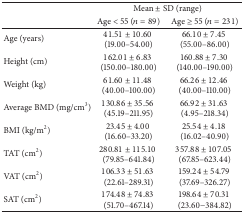
|  | <COLSPAN=2> Mean ± SD (range) |
 |  | Age < 55 (n = 89) | Age ≥ 55 (n = 231) |
 | --- | --- | --- |
 | Age (years) | 41.51 ± 10.60 (19.00–54.00) | 66.10 ± 7.45 (55.00–86.00) |
 | Height (cm) | 162.01 ± 6.83 (150.00–180.00) | 160.88 ± 7.30 (140.00–190.00) |
 | Weight (kg) | 61.60 ± 11.48 (40.00–100.00) | 66.26 ± 12.46 (40.00–110.00) |
 | Average BMD (mg/cm3) | 130.86 ± 35.56 (45.19–211.95) | 66.92 ± 31.63 (4.95–218.34) |
 | BMI (kg/m2) | 23.45 ± 4.00 (16.60–33.20) | 25.54 ± 4.18 (16.02–40.90) |
 | TAT (cm2) | 280.81 ± 115.10 (79.85–641.84) | 357.88 ± 107.05 (67.85–623.44) |
 | VAT (cm2) | 106.33 ± 51.63 (22.61–289.31) | 159.24 ± 54.79 (37.69–326.27) |
 | SAT (cm2) | 174.48 ± 74.83 (51.70–467.14) | 198.64 ± 70.31 (23.60−384.82) |